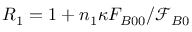
R _ { 1 } = 1 + n _ { 1 } \kappa F _ { B 0 0 } / \mathcal { F } _ { B 0 }